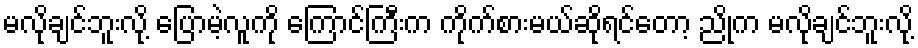
မလိုချင်ဘူးလို့ ပြောမဲ့လူကို ကြောင်ကြီးက ကိုက်စားမယ်ဆိုရင်တော့ ညိုက မလိုချင်ဘူးလို့